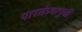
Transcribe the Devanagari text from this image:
पारतंत्र्यापुर्वी